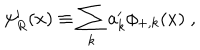
LaTeX: \psi _ { R } ^ { \prime } ( x ) \equiv \sum _ { k } a _ { k } ^ { \prime } \phi _ { + , k } ( x ) \; ,